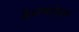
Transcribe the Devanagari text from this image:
देनफोर्थ